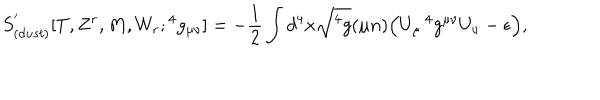
LaTeX: S _ { ( d u s t ) } ^ { ' } [ T , Z ^ { r } , M , W _ { r } ; { } ^ { 4 } g _ { \mu \nu } ] = - { \frac { 1 } { 2 } } \int d ^ { 4 } x \sqrt { { } ^ { 4 } g } ( \mu n ) \Big ( U _ { \mu } \, { } ^ { 4 } g ^ { \mu \nu } U _ { \nu } - \epsilon \Big ) ,